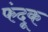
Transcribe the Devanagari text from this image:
फंदूक